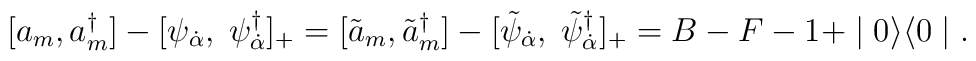
[a_{m},a^{\dagger}_{m}] - [\psi_{\dot \alpha}, \;  \psi^{\dagger}_{\dot \alpha}]_{+} = [\tilde{a}_{m},\tilde{a}^{\dagger}_{m}] - [\tilde{\psi}_{\dot \alpha}, \;  \tilde{\psi}^{\dagger}_{\dot \alpha}]_{+} = B-F-1+\mid 0 \rangle \langle 0 \mid .